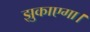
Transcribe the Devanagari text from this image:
झुकाएगा।